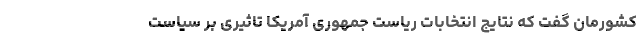
کشورمان گفت که نتایج انتخابات ریاست جمهوری آمریکا تاثیری بر سیاست